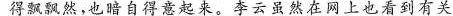
的飘飘然，也暗自得意起来。李云虽然在网上也看到有关